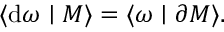
\langle \mathrm { d } \omega \mid M \rangle = \langle \omega \mid \partial M \rangle .